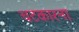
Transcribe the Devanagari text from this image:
चटकारना